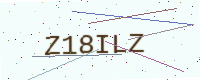
Text: Z18ILZ